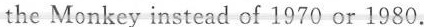
the Monkey instead of 1970 or 1980.